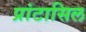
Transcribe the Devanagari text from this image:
प्रांटासिल